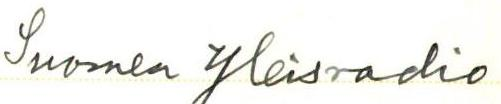
Suomen Yleisradio